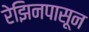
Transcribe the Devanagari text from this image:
रेझिनपासून